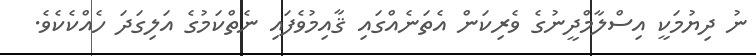
ނު ދިޔުމަކީ އިސްލާމްދީނުގެ ވެރިކަން އެތަނެއްގައި ޤާއިމުވެފައި ނެތްކަމުގެ އަލިގަދަ ހެއްކެކެވެ.